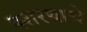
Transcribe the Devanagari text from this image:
दशरथाचे